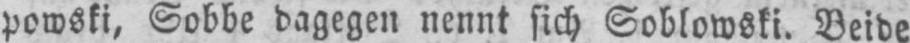
powski, Sobbe dagegen nennt sich Soblowski. Beide